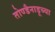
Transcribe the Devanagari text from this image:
तोण्डैनाडूच्या